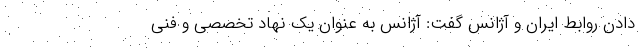
دادن روابط ایران و آژانس گفت:‌ آژانس به عنوان یک نهاد تخصصی و فنی